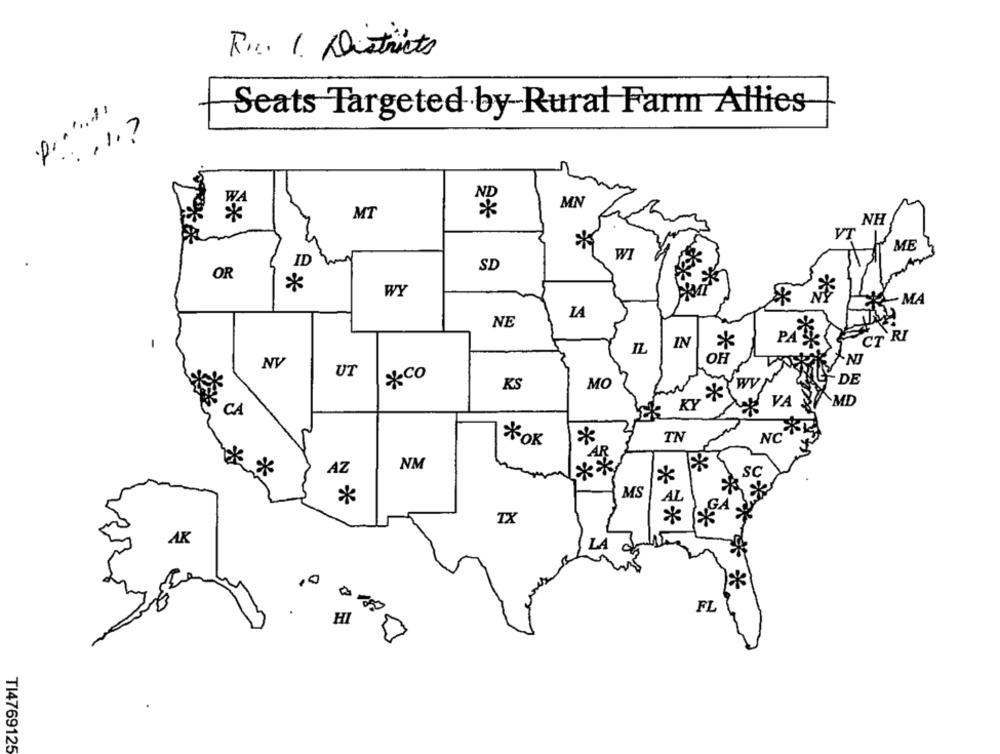
R.c. 1. Districts
Seats Targeted by-Rural Farm Allies
: , 1.7
MN
MT
NH
VT
*
ME
WI
ID
SD
OR
**
*
WY
MA
LA
NE
ET RI
IN
PA
IL
OH
NV
UT
&co
MO
ʹWv!
- DE
KS
ER KY
VA
MD
CA
*
TN
NC
*OK
*
NM
AZ
***
SC
*
*
MS
A
TX
*
AK
LA
FL
HI
T14769125